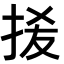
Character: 𭠮